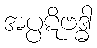
အပ္ပဋိဗဒ္ဓါ